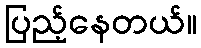
ပြည့်နေတယ်။